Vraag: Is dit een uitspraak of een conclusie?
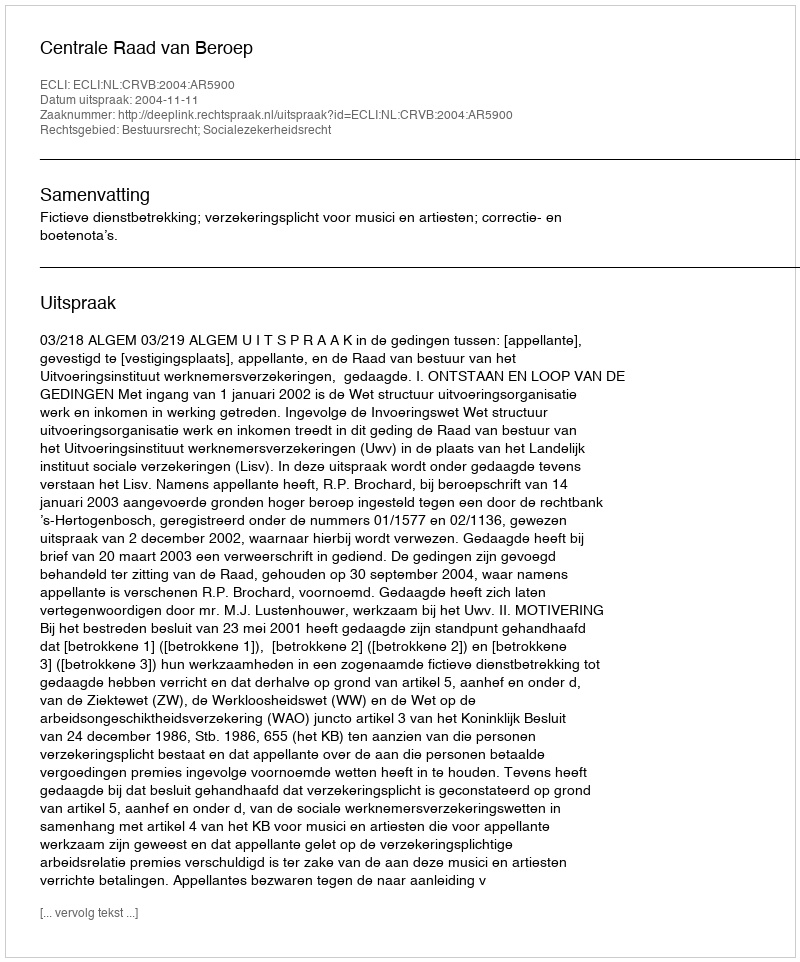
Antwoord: Uitspraak